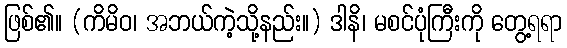
ဖြစ်၏။ (ကိမိဝ၊ အဘယ်ကဲ့သို့နည်း။) ဒါနိ၊ မစင်ပုံကြီးကို တွေ့ရရာ